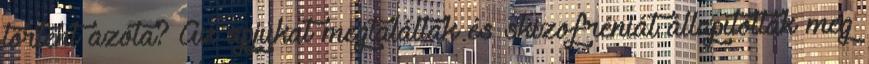
történt azóta? Az apjukat megtalálták és skizofréniát állapítottak meg